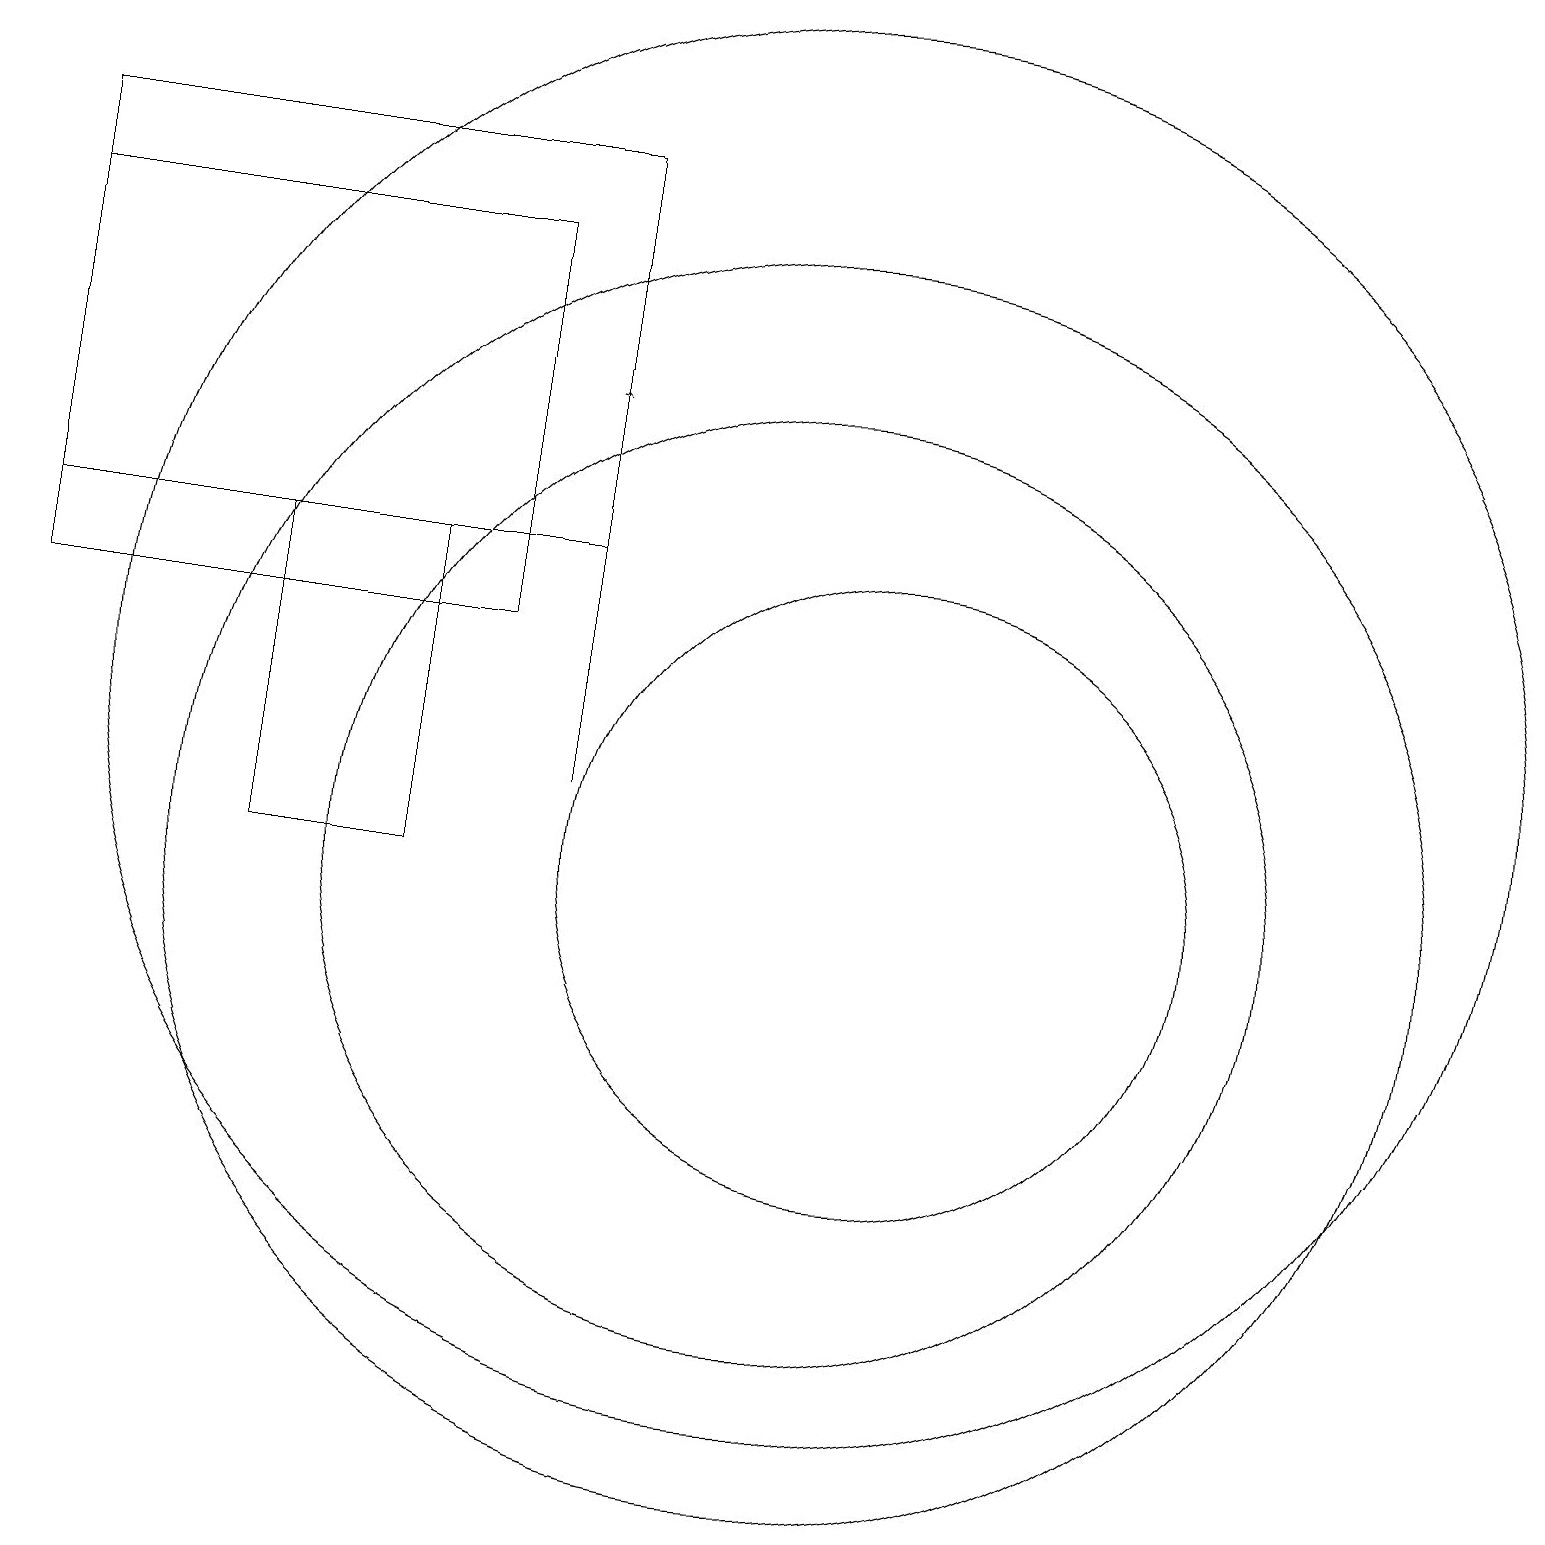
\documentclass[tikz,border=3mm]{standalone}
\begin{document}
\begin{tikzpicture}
\draw (4,10) rectangle (6,14);
\draw (1,13) rectangle (7,18);
\draw[->] (8,11) -- (8,16);
\draw (1,14) rectangle (8,19);
\draw (11,12) circle (9);
\draw (11,10) circle (8);
\draw (12,10) circle (4);
\draw (11,10) circle (6);
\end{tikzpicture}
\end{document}